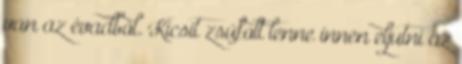
van az évadból. Kicsit zsúfolt lenne innen eljutni az